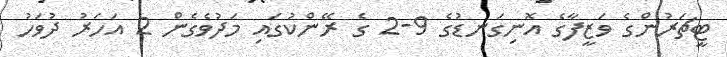
ޓީޗަރުންގެ ވަޒީފާގެ އޮނިގަނޑުގެ 9-2 ގެ ރޭންކުގައި މަދުވެގެން 2 އަހަރު ދުވަހު